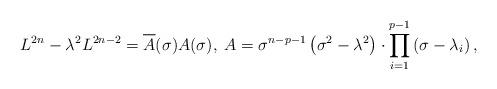
LaTeX: \begin{align*}L^{2n}-\lambda^2 L^{2n-2}=\overline{\mathstrut A}(\sigma)A(\sigma),\;A=\sigma^{n-p-1}\left(\sigma^2-\lambda^2\right)\cdot\prod\limits_{i=1}^{p-1}\left(\sigma-\lambda_i\right),\end{align*}